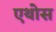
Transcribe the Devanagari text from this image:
एथोस